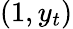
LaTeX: (1,y_{t})